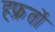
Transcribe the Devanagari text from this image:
हफ्रतों